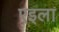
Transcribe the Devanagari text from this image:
एइला